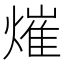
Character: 熣